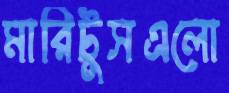
মারিটুসএলো